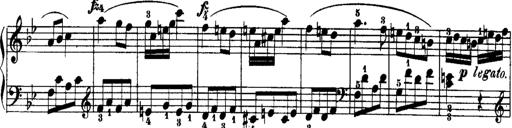
Title: Rondos and Sonatinas for Pianoforte
Composer: Daniel Steibelt